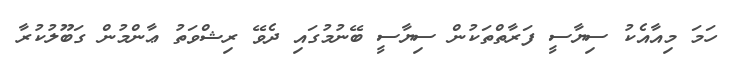
ހަމަ މިއާއެކު ސިޔާސީ ފަރާތްތަކުން ސިޔާސީ ބޭނުމުގައި ދެވޭ ރިޝްވަތު ޢާންމުން ގަބޫލުކުރާ